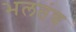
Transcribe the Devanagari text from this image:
भलतंच